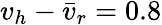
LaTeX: v_{h}-\bar{v}_{r}=0.8